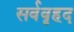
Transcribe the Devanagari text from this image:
सर्ववृहद